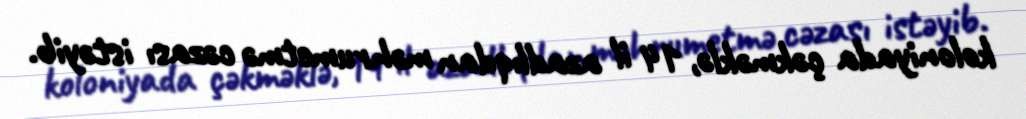
koloniyada çəkməklə, 14 il azadlıqdan məhrumetmə cəzası istəyib.